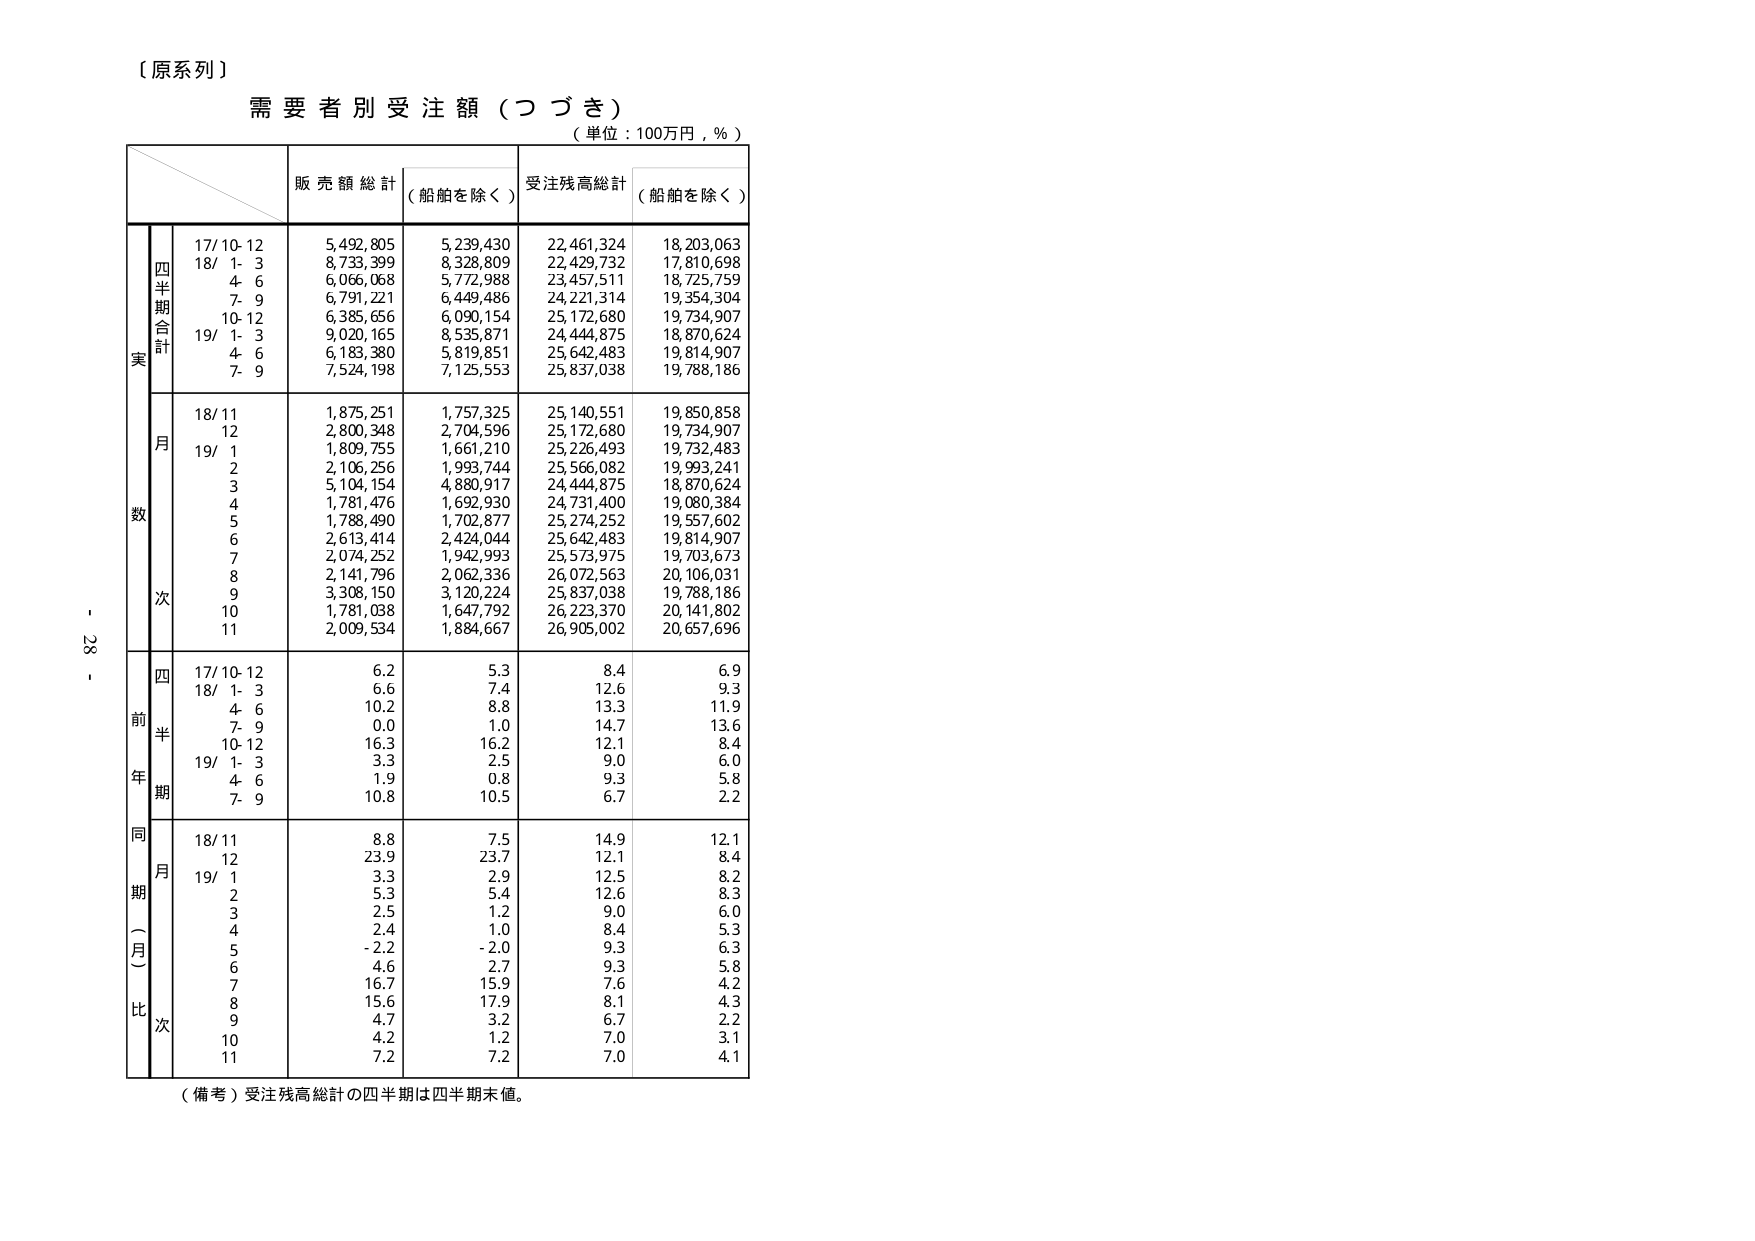
【原系列】
需要者別受注額（つづき）
（単位：100万円，％）

販売額総計 （船舶を除く）
受注残高総計 （船舶を除く）

実
四半期合計
17/10-12 5,492,805 5,239,430 22,461,324 18,203,063
18/ 1- 3 8,733,399 8,328,809 22,429,732 17,810,698
4- 6 6,066,068 5,772,988 23,457,511 18,725,759
7- 9 6,791,221 6,449,486 24,221,314 19,354,304
10-12 6,385,656 6,090,154 25,172,680 19,734,907
19/ 1- 3 9,020,165 8,535,871 24,444,875 18,870,624
4- 6 6,183,380 5,819,851 25,642,483 19,814,907
7- 9 7,524,198 7,125,553 25,837,038 19,788,186

数
月
18/11 1,875,251 1,757,325 25,140,551 19,850,858
12 2,800,348 2,704,596 25,172,680 19,734,907
19/ 1 1,809,755 1,661,210 25,226,493 19,732,483
2 2,106,256 1,993,744 25,566,082 19,993,241
3 5,104,154 4,880,917 24,444,875 18,870,624
4 1,781,476 1,692,930 24,731,400 19,080,384
5 1,788,490 1,702,877 25,274,252 19,557,602
6 2,613,414 2,424,044 25,642,483 19,814,907
7 2,074,252 1,942,993 25,573,975 19,703,673
8 2,141,796 2,062,336 26,072,563 20,106,031
9 3,308,150 3,120,224 25,837,038 19,788,186
10 1,781,038 1,647,792 26,223,370 20,141,802
11 2,009,534 1,884,667 26,905,002 20,657,696

前年同期
四半期
17/10-12 6.2 5.3 8.4 6.9
18/ 1- 3 6.6 7.4 12.6 9.3
4- 6 10.2 8.8 13.3 11.9
7- 9 0.0 1.0 14.7 13.6
10-12 16.3 16.2 12.1 8.4
19/ 1- 3 3.3 2.5 9.0 6.0
4- 6 1.9 0.8 9.3 5.8
7- 9 10.8 10.5 6.7 2.2

同期（月）比
月
18/11 8.8 7.5 14.9 12.1
12 23.9 23.7 12.1 8.4
19/ 1 3.3 2.9 12.5 8.2
2 5.3 5.4 12.6 8.3
3 2.5 1.2 9.0 6.0
4 2.4 1.0 8.4 5.3
5 -2.2 -2.0 9.3 6.3
6 4.6 2.7 9.3 5.8
7 16.7 15.9 7.6 4.2
8 15.6 17.9 8.1 4.3
9 4.7 3.2 6.7 2.2
10 4.2 1.2 7.0 3.1
11 7.2 7.2 7.0 4.1

（備考）受注残高総計の四半期は四半期末値。

- 28 -